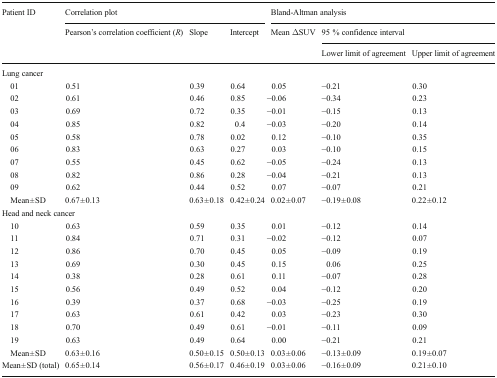
<table><thead><tr><td rowspan="3"><b>Patient ID</b></td><td colspan="3"><b>Correlation plot</b></td><td colspan="3"><b>Bland-Altman analysis</b></td></tr><tr><td rowspan="2"><b>Pearson’s correlation coefficient (<i>R</i>)</b></td><td rowspan="2"><b>Slope</b></td><td rowspan="2"><b>Intercept</b></td><td rowspan="2"><b>Mean ΔSUV</b></td><td colspan="2"><b>95 % confidence interval</b></td></tr><tr><td><b>Lower limit of agreement</b></td><td><b>Upper limit of agreement</b></td></tr></thead><tbody><tr><td colspan="7">Lung cancer</td></tr><tr><td> 01</td><td>0.51</td><td>0.39</td><td>0.64</td><td>0.05</td><td>−0.21</td><td>0.30</td></tr><tr><td> 02</td><td>0.61</td><td>0.46</td><td>0.85</td><td>−0.06</td><td>−0.34</td><td>0.23</td></tr><tr><td> 03</td><td>0.69</td><td>0.72</td><td>0.35</td><td>−0.01</td><td>−0.15</td><td>0.13</td></tr><tr><td> 04</td><td>0.85</td><td>0.82</td><td>0.4</td><td>−0.03</td><td>−0.20</td><td>0.14</td></tr><tr><td> 05</td><td>0.58</td><td>0.78</td><td>0.02</td><td>0.12</td><td>−0.10</td><td>0.35</td></tr><tr><td> 06</td><td>0.83</td><td>0.63</td><td>0.27</td><td>0.03</td><td>−0.10</td><td>0.15</td></tr><tr><td> 07</td><td>0.55</td><td>0.45</td><td>0.62</td><td>−0.05</td><td>−0.24</td><td>0.13</td></tr><tr><td> 08</td><td>0.82</td><td>0.86</td><td>0.28</td><td>−0.04</td><td>−0.21</td><td>0.13</td></tr><tr><td> 09</td><td>0.62</td><td>0.44</td><td>0.52</td><td>0.07</td><td>−0.07</td><td>0.21</td></tr><tr><td> Mean ± SD</td><td>0.67 ± 0.13</td><td>0.63 ± 0.18</td><td>0.42 ± 0.24</td><td>0.02 ± 0.07</td><td>−0.19 ± 0.08</td><td>0.22 ± 0.12</td></tr><tr><td colspan="7">Head and neck cancer</td></tr><tr><td> 10</td><td>0.63</td><td>0.59</td><td>0.35</td><td>0.01</td><td>−0.12</td><td>0.14</td></tr><tr><td> 11</td><td>0.84</td><td>0.71</td><td>0.31</td><td>−0.02</td><td>−0.12</td><td>0.07</td></tr><tr><td> 12</td><td>0.86</td><td>0.70</td><td>0.45</td><td>0.05</td><td>−0.09</td><td>0.19</td></tr><tr><td> 13</td><td>0.69</td><td>0.30</td><td>0.45</td><td>0.15</td><td>0.06</td><td>0.25</td></tr><tr><td> 14</td><td>0.38</td><td>0.28</td><td>0.61</td><td>0.11</td><td>−0.07</td><td>0.28</td></tr><tr><td> 15</td><td>0.56</td><td>0.49</td><td>0.52</td><td>0.04</td><td>−0.12</td><td>0.20</td></tr><tr><td> 16</td><td>0.39</td><td>0.37</td><td>0.68</td><td>−0.03</td><td>−0.25</td><td>0.19</td></tr><tr><td> 17</td><td>0.63</td><td>0.61</td><td>0.42</td><td>0.03</td><td>−0.23</td><td>0.30</td></tr><tr><td> 18</td><td>0.70</td><td>0.49</td><td>0.61</td><td>−0.01</td><td>−0.11</td><td>0.09</td></tr><tr><td> 19</td><td>0.63</td><td>0.49</td><td>0.64</td><td>0.00</td><td>−0.21</td><td>0.21</td></tr><tr><td> Mean ± SD</td><td>0.63 ± 0.16</td><td>0.50 ± 0.15</td><td>0.50 ± 0.13</td><td>0.03 ± 0.06</td><td>−0.13 ± 0.09</td><td>0.19 ± 0.07</td></tr><tr><td>Mean ± SD (total)</td><td>0.65 ± 0.14</td><td>0.56 ± 0.17</td><td>0.46 ± 0.19</td><td>0.03 ± 0.06</td><td>−0.16 ± 0.09</td><td>0.21 ± 0.10</td></tr></tbody></table>